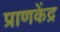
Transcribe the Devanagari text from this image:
प्राणकेंद्र